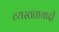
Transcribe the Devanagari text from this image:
व्यस्ततावादी